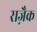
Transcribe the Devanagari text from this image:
राज़ैक